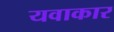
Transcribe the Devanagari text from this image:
यवाकार